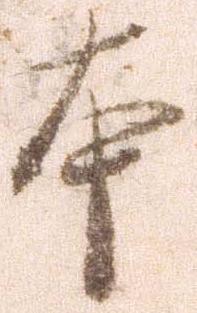
本